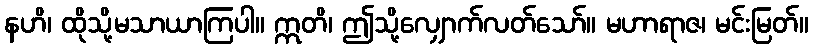
နဟိ၊ ထိုသို့မသာယာကြပါ။ ဣတိ၊ ဤသို့လျှောက်လတ်သော်။ မဟာရာဇ၊ မင်းမြတ်။